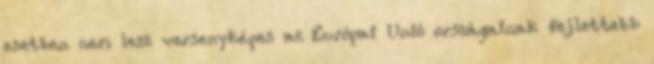
esetben nem lesz versenyképes az Európai Unió országainak fejlettebb